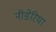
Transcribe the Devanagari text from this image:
नीडेरिया